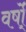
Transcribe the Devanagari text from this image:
वर्षो्ं